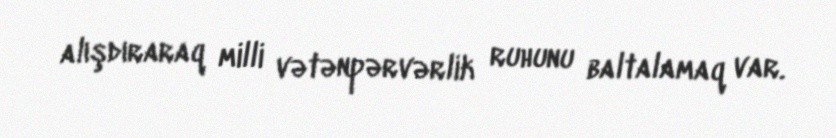
alışdıraraq milli vətənpərvərlik ruhunu baltalamaq var.